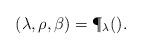
LaTeX: \begin{align*}_{}(\lambda,\rho,\beta)&= \P_\lambda ().\end{align*}